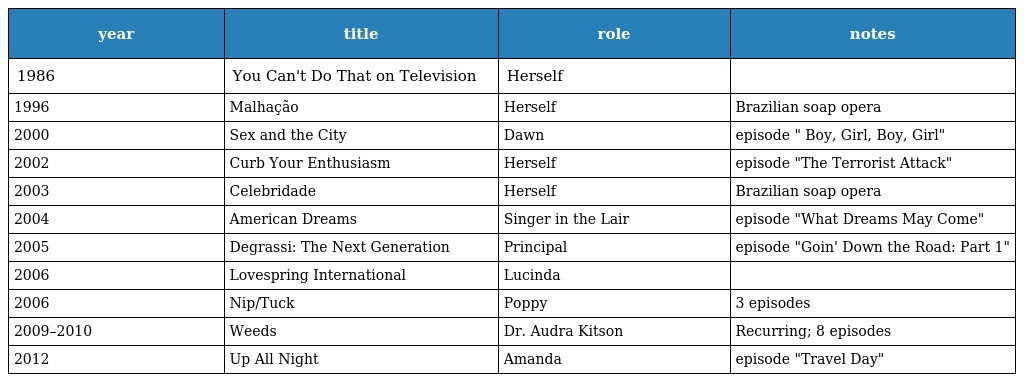
| year | title | role | notes |
 | --- | --- | --- | --- |
 | 1986 | You Can't Do That on Television | Herself |  |
 | 1996 | Malhação | Herself | Brazilian soap opera |
 | 2000 | Sex and the City | Dawn | episode " Boy, Girl, Boy, Girl" |
 | 2002 | Curb Your Enthusiasm | Herself | episode "The Terrorist Attack" |
 | 2003 | Celebridade | Herself | Brazilian soap opera |
 | 2004 | American Dreams | Singer in the Lair | episode "What Dreams May Come" |
 | 2005 | Degrassi: The Next Generation | Principal | episode "Goin' Down the Road: Part 1" |
 | 2006 | Lovespring International | Lucinda |  |
 | 2006 | Nip/Tuck | Poppy | 3 episodes |
 | 2009–2010 | Weeds | Dr. Audra Kitson | Recurring; 8 episodes |
 | 2012 | Up All Night | Amanda | episode "Travel Day" |